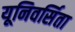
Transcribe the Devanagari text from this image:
यूनिवर्सिता